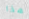
هذا